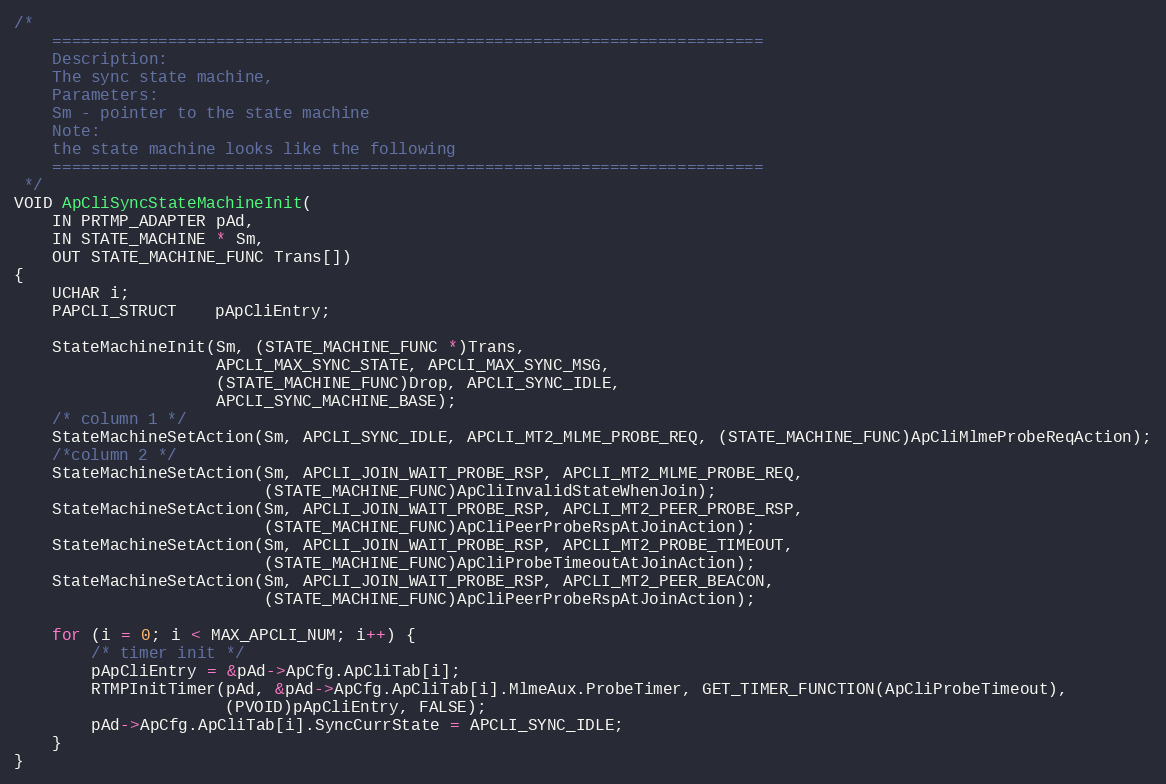
Language: C
/*
    ==========================================================================
    Description:
	The sync state machine,
    Parameters:
	Sm - pointer to the state machine
    Note:
	the state machine looks like the following
    ==========================================================================
 */
VOID ApCliSyncStateMachineInit(
	IN PRTMP_ADAPTER pAd,
	IN STATE_MACHINE * Sm,
	OUT STATE_MACHINE_FUNC Trans[])
{
	UCHAR i;
	PAPCLI_STRUCT	pApCliEntry;

	StateMachineInit(Sm, (STATE_MACHINE_FUNC *)Trans,
					 APCLI_MAX_SYNC_STATE, APCLI_MAX_SYNC_MSG,
					 (STATE_MACHINE_FUNC)Drop, APCLI_SYNC_IDLE,
					 APCLI_SYNC_MACHINE_BASE);
	/* column 1 */
	StateMachineSetAction(Sm, APCLI_SYNC_IDLE, APCLI_MT2_MLME_PROBE_REQ, (STATE_MACHINE_FUNC)ApCliMlmeProbeReqAction);
	/*column 2 */
	StateMachineSetAction(Sm, APCLI_JOIN_WAIT_PROBE_RSP, APCLI_MT2_MLME_PROBE_REQ,
						  (STATE_MACHINE_FUNC)ApCliInvalidStateWhenJoin);
	StateMachineSetAction(Sm, APCLI_JOIN_WAIT_PROBE_RSP, APCLI_MT2_PEER_PROBE_RSP,
						  (STATE_MACHINE_FUNC)ApCliPeerProbeRspAtJoinAction);
	StateMachineSetAction(Sm, APCLI_JOIN_WAIT_PROBE_RSP, APCLI_MT2_PROBE_TIMEOUT,
						  (STATE_MACHINE_FUNC)ApCliProbeTimeoutAtJoinAction);
	StateMachineSetAction(Sm, APCLI_JOIN_WAIT_PROBE_RSP, APCLI_MT2_PEER_BEACON,
						  (STATE_MACHINE_FUNC)ApCliPeerProbeRspAtJoinAction);

	for (i = 0; i < MAX_APCLI_NUM; i++) {
		/* timer init */
		pApCliEntry = &pAd->ApCfg.ApCliTab[i];
		RTMPInitTimer(pAd, &pAd->ApCfg.ApCliTab[i].MlmeAux.ProbeTimer, GET_TIMER_FUNCTION(ApCliProbeTimeout),
					  (PVOID)pApCliEntry, FALSE);
		pAd->ApCfg.ApCliTab[i].SyncCurrState = APCLI_SYNC_IDLE;
	}
}